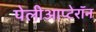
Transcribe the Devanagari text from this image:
पेलीआप्टेरॉन